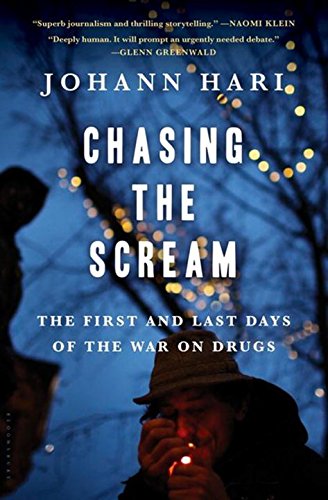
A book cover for Chasing the Scream: The First and Last Days of the War on Drugs; Johann Hari; Politics & Social Sciences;